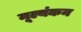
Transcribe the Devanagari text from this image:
मूल्यंकन